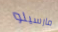
مارسيلو